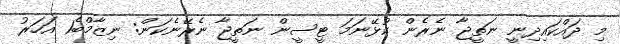
މި ދައްކައިދިނީ ނަތީޖާ ނެރެން ކުޅޭނަމަ ޓީސީން ނަތީޖާ ނެރޭނެކަން: ނިޒާމްބެ1 އަހަރު